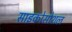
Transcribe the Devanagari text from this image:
साइकोसोशल